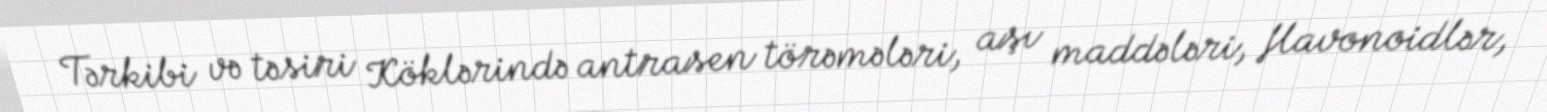
Tərkibi və təsiri Köklərində antrasen törəmələri, aşı maddələri, flavonoidlər,